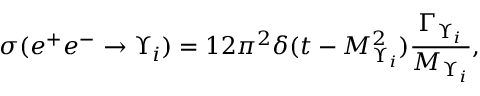
\sigma ( e ^ { + } e ^ { - } \rightarrow \Upsilon _ { i } ) = 1 2 \pi ^ { 2 } \delta ( t - M _ { \Upsilon _ { i } } ^ { 2 } ) { \frac { \Gamma _ { \Upsilon _ { i } } } { M _ { \Upsilon _ { i } } } } ,